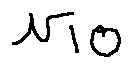
v _ { 1 0 }